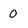
Character: 0